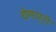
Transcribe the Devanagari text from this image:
येणार्‍री